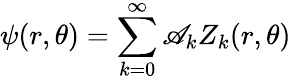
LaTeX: \psi(r,\theta)=\sum_{k=0}^{\infty}\mathscr{A}_{k}Z_{k}(r,\theta)